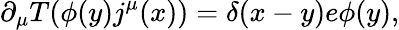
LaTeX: \partial_{\mu}T(\phi(y)j^{\mu}(x))=\delta(x-y)e\phi(y),